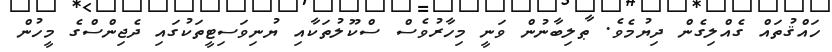
ހައްޤުތައް ގެއްލިގެން ދިޔުމެވެ. ޠާލިބާނުން ވަނީ މިހާރުވެސް ސްކޫލުތަކާއި ޔުނިވަސިޓީތަކުގައި ދެޖިންސްގެ މީހުން